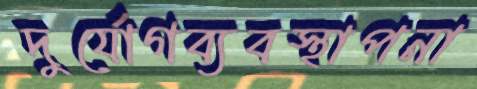
দুর্যোগব্যবস্থাপনা